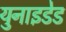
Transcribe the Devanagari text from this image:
युनाइडेड